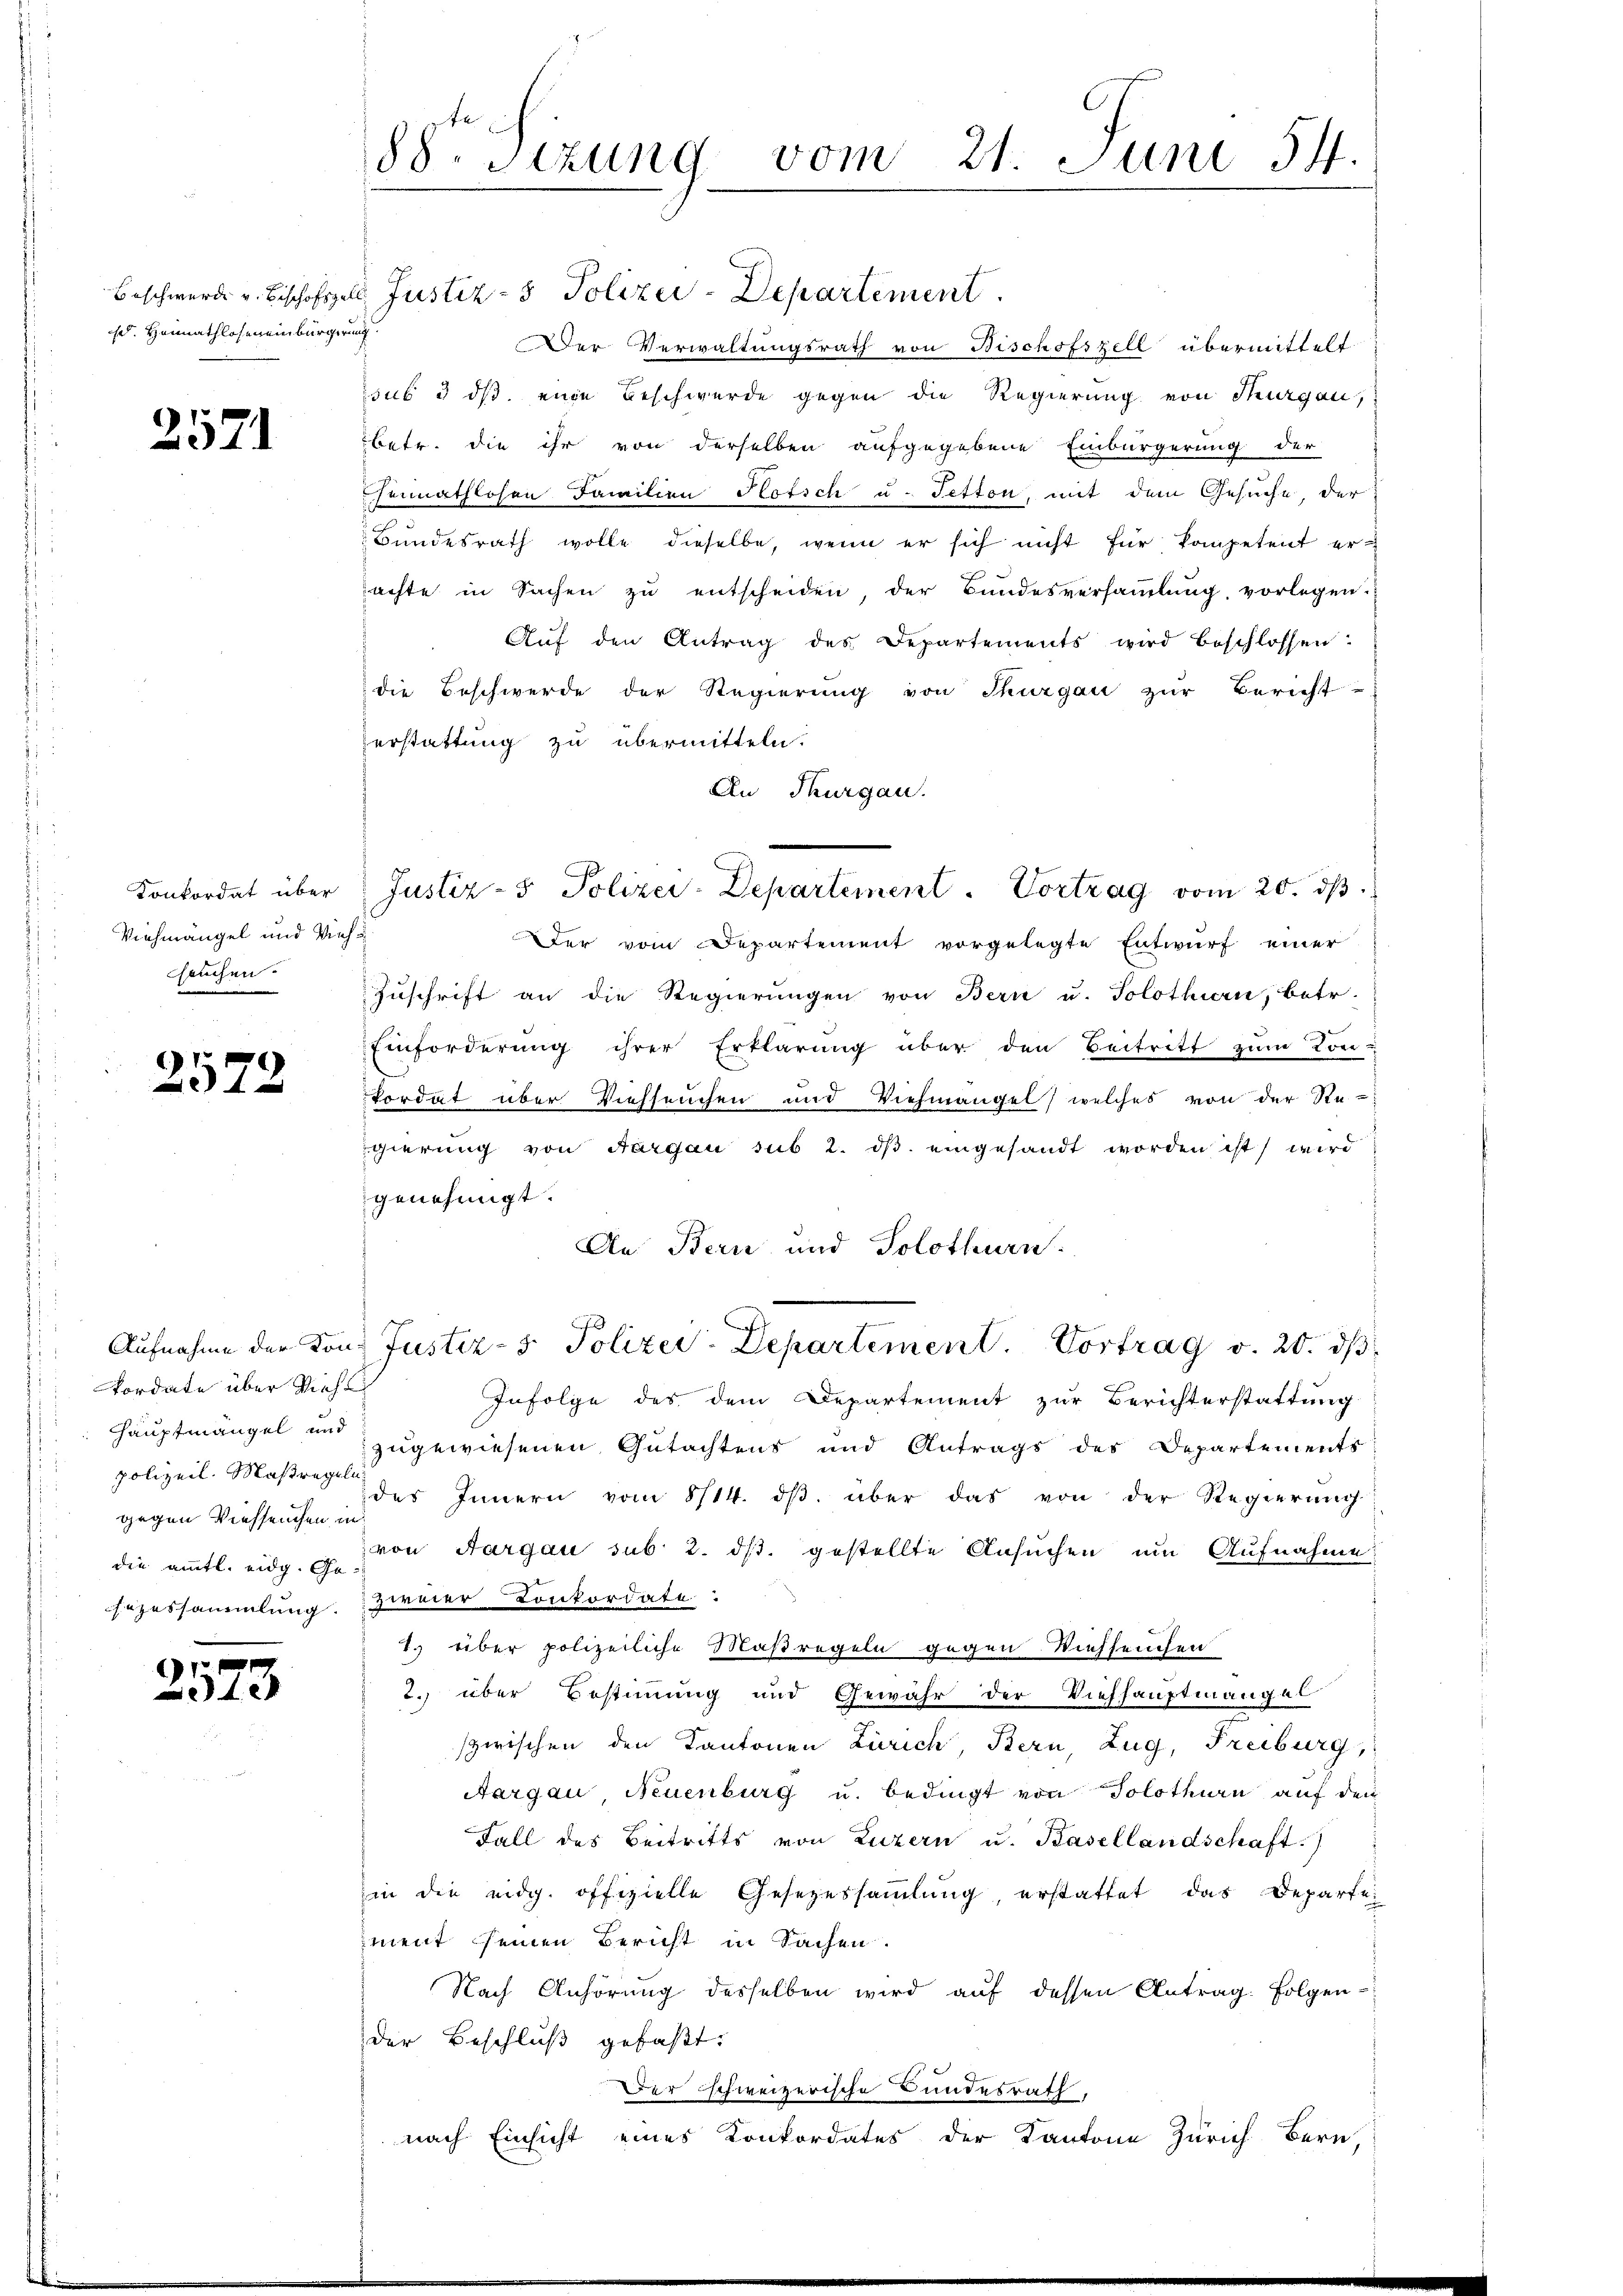
s. Heimathloseneinbürgerung

2571

Konkordat über
Viehmängel und Viehhauchen.

2572

kordate über Vieh
polizeil. Maßregeln

.
2510

88. Sizung vom 21. Juni 54.

Beschwerde u. Bischofszell Justiz- & Polizei-Departement
Der Verwaltungsrath von Bischofszell übermittelt
sub 3 dß eine Beschwerde gegen die Regierung von Thurgau,
betr. die ihr von derselben aufgegebene Einbürgerung der
hennathlohen Familien Hotsch u. Tetton, mit dem Gesuche, der
Bŭndesrath wolle dieselbe, wenn er sich nicht für kompetent er-
achte in Sachen zŭ entscheiden, der Bundesversaṁlŭng, vorlegen.
Aŭf den Antrag des Departements wird beschlossen:
die Beschwerde der Regierung von Thurgau zur Bericht-
erstattung zu übermitteln.
An Thurgau.
Der vom Departement vorgelegte Entwurf einer
Zuschrift an die Regierungen von Bern u. Solothurn, betr.
Einforderung ihrer Erklärung über den Beitritt zum Kon-
Pordat über Viehseuchen und Viehmängel, welches von der Re-
gierung von Aargau sub 2. dβ eingesandt worden ist, wird
genehmigt.
An Bern und Solothurn.
Aufnahme der Ton Justiz- & Polizei-Departement. Vortrag v. 20. ds
Infolge des dem Departement zur Berichterstattung
Hauptmängel anzugewiesenen Gutachtens und Antrags des Departements
gegen Viehseuche des Innern vom 8/14. dβ. über das von der Regierŭng
die amtl. eidg. G. von Aargau sub. 2. ds. gestellte Ansuchen um Aufnahme
sezessammlung zweier Konkordate
T. über polizeiliche Maßregeln gegen. Viehseuchen
2. über Bestimmung und Gewähr der Viehhauptmangel
szwischen den Kantonen Zürich, Bern, Zug, Freiburg,
Aargau, Neuenburg u. bedingt von Solothurn auf den
Fall des Beitritts von Luzern u. Basellandschaft)
in die eidg. offizielle Gesezessammlung erstattet das Departei
iment seinen Bericht in Sachen.
Nach Anhörung desselben wird auf dessen Antrag. Folgender Beschluß gefaßt:
Der schweizerische Bundesrath,
nach Einsicht eines Konkordates der Kantone Zürich Bern,

Justiz- & Polizei-Departement. Vortrag vom 20. dβ.